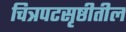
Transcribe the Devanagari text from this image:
चित्रपटसृष्ठीतील